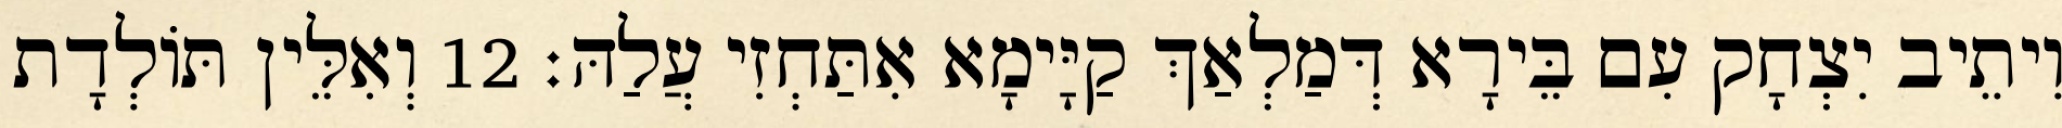
וִיתֵיב יִצְחָק עִם בֵּירָא דְּמַלְאַךְ קַיָּימָא אִתַּחְזִי עֲלַהּ׃ 12 וְאִלֵּין תּוֹלְדָת